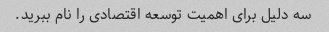
سه دلیل برای اهمیت توسعه اقتصادی را نام ببرید.